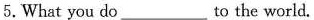
5.What you do__ to the world.